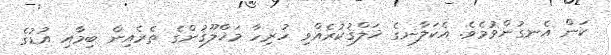
ކަން އެނގުންވުމެވެ. އެކަލާނގެ ޚަލްޤުކުރެއްވި ހުރިހާ މަޚްލޫޤުންގެ ތެރެއިން ބިމާއި އުޑުގެ